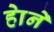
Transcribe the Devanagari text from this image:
हाेने